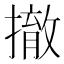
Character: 撤